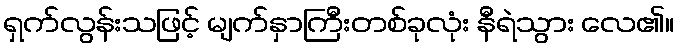
ရှက်လွန်းသဖြင့် မျက်နှာကြီးတစ်ခုလုံး နီရဲသွား လေ၏။